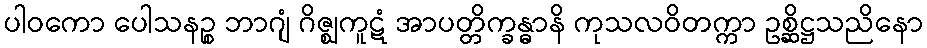
ပါဝကော ပေါသနဉ္စ ဘာဂျံ ဂိဇ္ဈကူဋံ အာပတ္တိက္ခန္ဓာနိ ကုသလဝိတက္ကာ ဥစ္ဆိဋ္ဌသညိနော